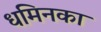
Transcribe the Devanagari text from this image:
धमिनका